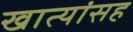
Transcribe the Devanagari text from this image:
खात्यांसह